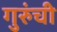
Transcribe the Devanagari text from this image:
गुरुंची